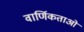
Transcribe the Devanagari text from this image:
वार्णिकताओं